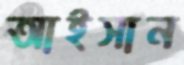
আইসান